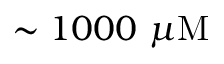
\sim 1 0 0 0 ~ \mu \mathrm { M }